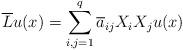
LaTeX: \begin{align*}\overline{L}u(x)=\sum_{i,j=1}^{q}\overline{a}_{ij}X_{i}X_{j}u(x)\end{align*}